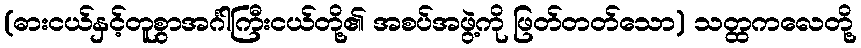
(ဓားငယ်နှင့်တူစွာအင်္ဂါကြီးငယ်တို့၏ အစပ်အဖွဲ့ကို ဖြတ်တတ်သော) သတ္ထကလေတို့